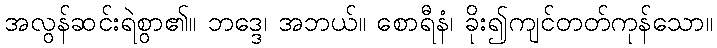
အလွန်ဆင်းရဲစွာ၏။ ဘဒ္ဒေ၊ အဘယ်။ စောရီနံ၊ ခိုး၍ကျင်တတ်ကုန်သော။